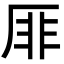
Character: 厞